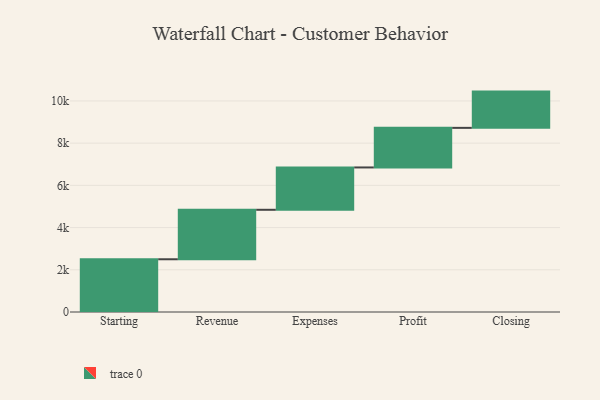
{"axis": {"x": "Step", "y": "Value"}, "legend": [""], "data": [{"x": "Starting", "y": 2499.0, "type": ""}, {"x": "Revenue", "y": 2344.0, "type": ""}, {"x": "Expenses", "y": 2006.0, "type": ""}, {"x": "Profit", "y": 1876.0, "type": ""}, {"x": "Closing", "y": 1718.0, "type": ""}]}